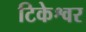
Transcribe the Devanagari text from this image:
टिकेश्वर